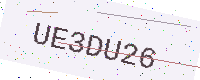
Text: UE3DU26